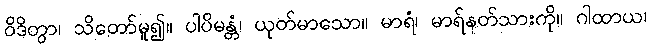
ဝိဒိတွာ၊ သိတော်မူ၍။ ပါပိမန္တံ၊ ယုတ်မာသော။ မာရံ၊ မာရ်နတ်သားကို။ ဂါထာယ၊